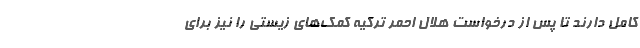
کامل دارند تا پس از درخواست هلال احمر ترکیه کمک‌های زیستی را نیز برای